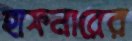
হাফনারের